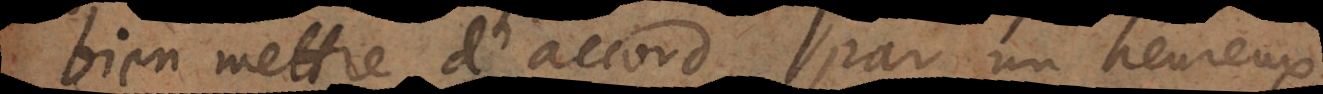
bien mettre d’accord par un heureux